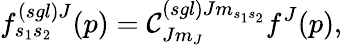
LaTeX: f_{s_{1}s_{2}}^{\left(sgl\right)J}(p)=\mathcal{C}_{Jm_{J}}^{\left(sgl\right)Jm_{s_{1}s_{2}}}f^{J}(p),